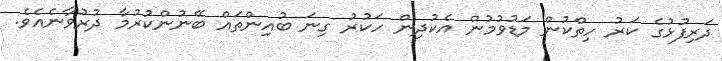
ދަރިފުޅުގެ ކަރު ހިތްކުން މަޑުވުމުން އެކުދިން ހަކުރު ގިނަ ބުއިންތައް ބޭނުންކުރުމާ ދުރުވާނެއެވެ.